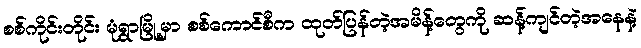
စစ်ကိုင်းတိုင်း မုံရွာမြို့မှာ စစ်ကောင်စီက ထုတ်ပြန်တဲ့အမိန့်တွေကို ဆန့်ကျင်တဲ့အနေနဲ့